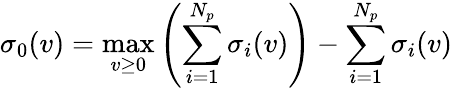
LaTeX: \sigma_{0}(v)=\operatorname*{max}_{v\geq 0}\left(\sum_{i=1}^{N_{p}}\sigma_{i}(v)\right)-\sum_{i=1}^{N_{p}}\sigma_{i}(v)